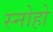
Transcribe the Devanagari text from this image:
स्नोहो